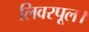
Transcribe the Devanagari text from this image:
लिवरपूल।